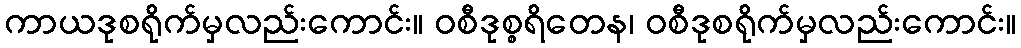
ကာယဒုစရိုက်မှလည်းကောင်း။ ဝစီဒုစ္စရိတေန၊ ဝစီဒုစရိုက်မှလည်းကောင်း။